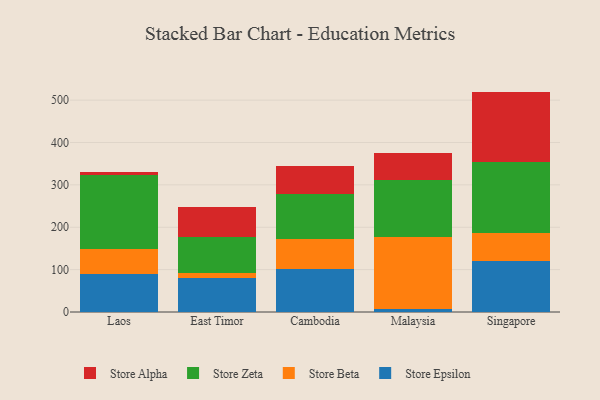
{"axis": {"x": "Country", "y": "Shipments"}, "legend": ["Store Alpha", "Store Beta", "Store Epsilon", "Store Zeta"], "data": [{"x": "Laos", "y": 89.4, "type": "Store Epsilon"}, {"x": "Laos", "y": 59.5, "type": "Store Beta"}, {"x": "Laos", "y": 174.8, "type": "Store Zeta"}, {"x": "Laos", "y": 6.8, "type": "Store Alpha"}, {"x": "East Timor", "y": 79.7, "type": "Store Epsilon"}, {"x": "East Timor", "y": 13.0, "type": "Store Beta"}, {"x": "East Timor", "y": 84.2, "type": "Store Zeta"}, {"x": "East Timor", "y": 71.8, "type": "Store Alpha"}, {"x": "Cambodia", "y": 102.0, "type": "Store Epsilon"}, {"x": "Cambodia", "y": 70.0, "type": "Store Beta"}, {"x": "Cambodia", "y": 106.6, "type": "Store Zeta"}, {"x": "Cambodia", "y": 66.9, "type": "Store Alpha"}, {"x": "Malaysia", "y": 6.8, "type": "Store Epsilon"}, {"x": "Malaysia", "y": 170.7, "type": "Store Beta"}, {"x": "Malaysia", "y": 134.2, "type": "Store Zeta"}, {"x": "Malaysia", "y": 63.4, "type": "Store Alpha"}, {"x": "Singapore", "y": 121.1, "type": "Store Epsilon"}, {"x": "Singapore", "y": 64.5, "type": "Store Beta"}, {"x": "Singapore", "y": 167.6, "type": "Store Zeta"}, {"x": "Singapore", "y": 166.9, "type": "Store Alpha"}]}